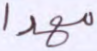
مهدا